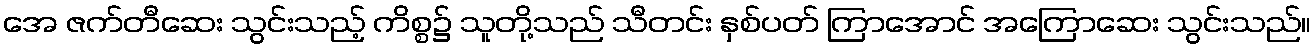
အေ ဇက်တီဆေး သွင်းသည့် ကိစ္စ၌ သူတို့သည် သီတင်း နှစ်ပတ် ကြာအောင် အကြောဆေး သွင်းသည်။